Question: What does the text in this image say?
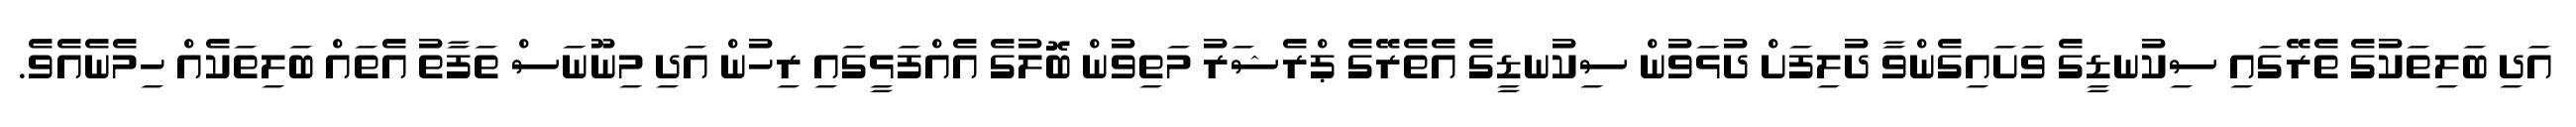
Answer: އަދި ބަލިތަކުގެ ތެރޭގައި ސިކުނޑީގެ ވަށައިގެންވާ ދުލިފަށް ދުޅަވުން ސިކުނޑީގެ އެތެރޭގެ ޕްރެޝަރު މަތިވުން ބޮލުގެ އެއްފަޅީގައި ރިހުން އަދި މިނޫނަސް ތަފާތު އެތައް ބަލިތަކެއް ހިމެނެއެވެ.